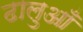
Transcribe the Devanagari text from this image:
ढालुआँ